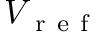
V _ { \mathrm { ~ r ~ e ~ f ~ } }